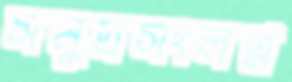
সমুদ্রসংলগ্ন